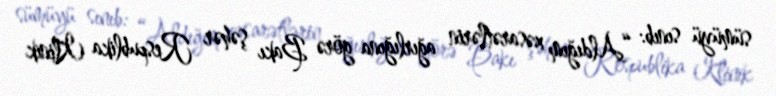
sümüyü sınıb: “Aldığım xəsarətlərin ağırlığına görə Bakı şəhər Respublika Klinik